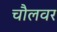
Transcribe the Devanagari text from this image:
चौलवर